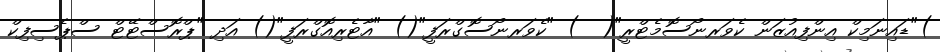
)"ޑައިނަމިކް އިންފިއުޒަން ކެވަރނޯސޮމެޓްރީ"(  ) "ކެވަރނޯސޮގްރަފީ"() "އާޓެރިއޮގްރަފީ"() އަދި "ޕްރޮސްޓޭޓް ސްޕެސިފިކް